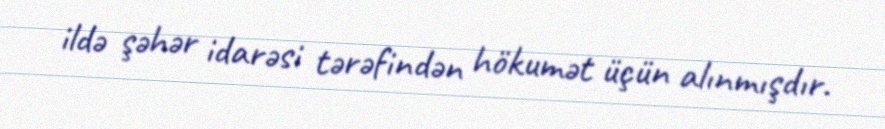
ildə şəhər idarəsi tərəfindən hökumət üçün alınmışdır.